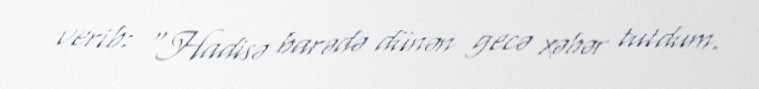
verib: “Hadisə barədə dünən gecə xəbər tutdum.